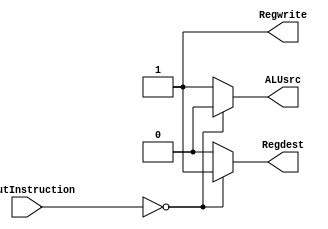
module control (inputInstruction, Regdest, Regwrite, ALUsrc);
	
	input [5:0] inputInstruction;
	output reg Regdest;
	output reg Regwrite;
	output reg ALUsrc;

	always @(inputInstruction) begin
		if( inputInstruction == 6'b000000 ) begin	// add,and,or,sub,sra,sll,srl,sltu 	// R-type
			Regdest = 1'b1;
			Regwrite = 1'b1;
			ALUsrc = 1'b0;
		end else begin		// addi, addiu, andi, ori, slti, lui // I-type
			Regdest = 1'b0;	
			Regwrite = 1'b1;
			ALUsrc = 1'b1;
		end
	end
	
endmodule